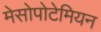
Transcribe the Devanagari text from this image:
मेसोपोटेमियन